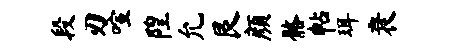
段刃喧隍允艮颜髂帖珥衰